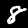
Digit: 8